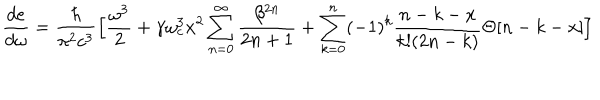
\frac { d e } { d \omega } = \frac { \hbar } { \pi ^ { 2 } c ^ { 3 } } \Big [ \frac { \omega ^ { 3 } } { 2 } + \gamma \omega _ { c } ^ { 3 } x ^ { 2 } \sum _ { n = 0 } ^ { \infty } \frac { \beta ^ { 2 n } } { 2 n + 1 } + \sum _ { k = 0 } ^ { n } ( - 1 ) ^ { k } \frac { n - k - x } { k ! ( 2 n - k ) } \Theta [ n - k - x ] \Big ]